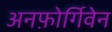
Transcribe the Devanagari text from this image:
अनफ़ोर्गिवेन